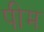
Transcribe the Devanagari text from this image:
पीम